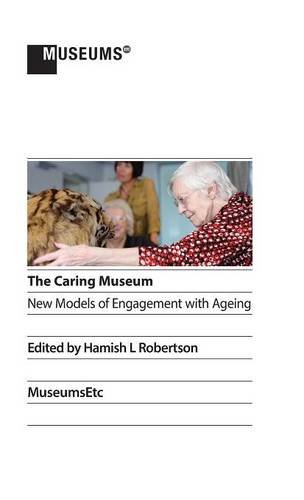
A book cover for The Caring Museum: New Models of Engagement with Ageing; Business & Money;